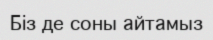
Біз де соны айтамыз